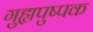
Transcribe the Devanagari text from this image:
गुह्यपुष्पक